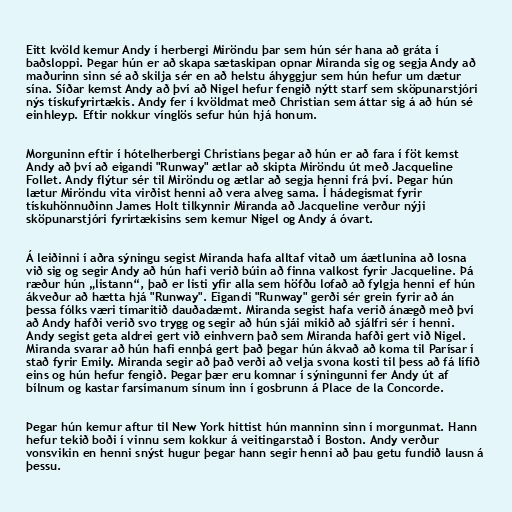
Eitt kvöld kemur Andy í herbergi Miröndu þar sem hún sér hana að gráta í
baðsloppi. Þegar hún er að skapa sætaskipan opnar Miranda sig og segja Andy að
maðurinn sinn sé að skilja sér en að helstu áhyggjur sem hún hefur um dætur
sína. Síðar kemst Andy að því að Nigel hefur fengið nýtt starf sem sköpunarstjóri
nýs tískufyrirtækis. Andy fer í kvöldmat með Christian sem áttar sig á að hún sé
einhleyp. Eftir nokkur vínglös sefur hún hjá honum.

Morguninn eftir í hótelherbergi Christians þegar að hún er að fara í föt kemst
Andy að því að eigandi "Runway" ætlar að skipta Miröndu út með Jacqueline
Follet. Andy flýtur sér til Miröndu og ætlar að segja henni frá því. Þegar hún
lætur Miröndu vita virðist henni að vera alveg sama. Í hádegismat fyrir
tískuhönnuðinn James Holt tilkynnir Miranda að Jacqueline verður nýji
sköpunarstjóri fyrirtækisins sem kemur Nigel og Andy á óvart.

Á leiðinni í aðra sýningu segist Miranda hafa alltaf vitað um áætlunina að losna
við sig og segir Andy að hún hafi verið búin að finna valkost fyrir Jacqueline. Þá
ræður hún „listann“, það er listi yfir alla sem höfðu lofað að fylgja henni ef hún
ákveður að hætta hjá "Runway". Eigandi "Runway" gerði sér grein fyrir að án
þessa fólks væri tímaritið dauðadæmt. Miranda segist hafa verið ánægð með því
að Andy hafði verið svo trygg og segir að hún sjái mikið að sjálfri sér í henni.
Andy segist geta aldrei gert við einhvern það sem Miranda hafði gert við Nigel.
Miranda svarar að hún hafi ennþá gert það þegar hún ákvað að koma til Parísar í
stað fyrir Emily. Miranda segir að það verði að velja svona kosti til þess að fá lífið
eins og hún hefur fengið. Þegar þær eru komnar í sýningunni fer Andy út af
bílnum og kastar farsímanum sínum inn í gosbrunn á Place de la Concorde.

Þegar hún kemur aftur til New York hittist hún manninn sinn í morgunmat. Hann
hefur tekið boði í vinnu sem kokkur á veitingarstað í Boston. Andy verður
vonsvikin en henni snýst hugur þegar hann segir henni að þau getu fundið lausn á
þessu.